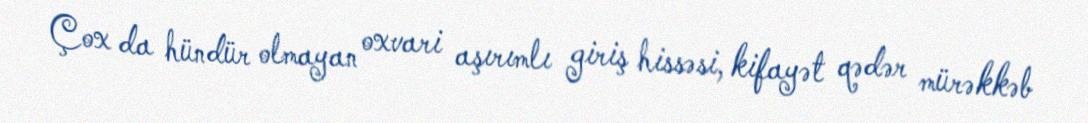
Çox da hündür olmayan oxvari aşırımlı giriş hissəsi, kifayət qədər mürəkkəb